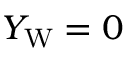
Y _ { \mathrm { W } } = 0